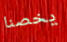
يخصنا